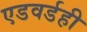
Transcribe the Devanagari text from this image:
एडवर्डही